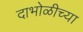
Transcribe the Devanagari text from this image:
दाभोळीच्या